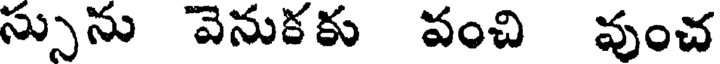
స్సును వెనుకకు వంచి వుంచ